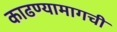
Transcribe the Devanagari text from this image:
काढण्यामागची